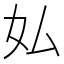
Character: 𫰇